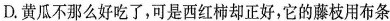
D.黄瓜不那么好吃了，可是西红柿却正好，它的藤枝用布条